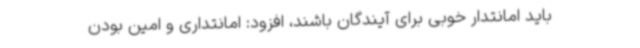
باید امانتدار خوبی برای آیندگان باشند، افزود: امانتداری و امین بودن